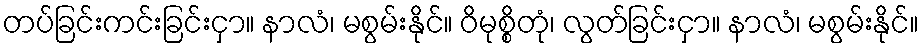
တပ်ခြင်းကင်းခြင်းငှာ။ နာလံ၊ မစွမ်းနိုင်။ ဝိမုစ္စိတုံ၊ လွတ်ခြင်းငှာ။ နာလံ၊ မစွမ်းနိုင်။